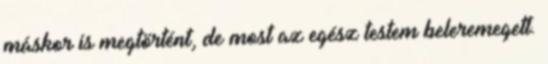
máskor is megtörtént, de most az egész testem beleremegett.